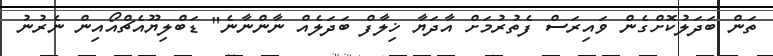
ތަން ބަދަލުކޮށްގެން ވައިރަސް ފެތުރުމަށް އާދަޔާ ޚިލާފް ބަދަލެއް ނާންނާނެ" ޑަބްލިޔޫއެޗްއޯއިން ނެރުނު